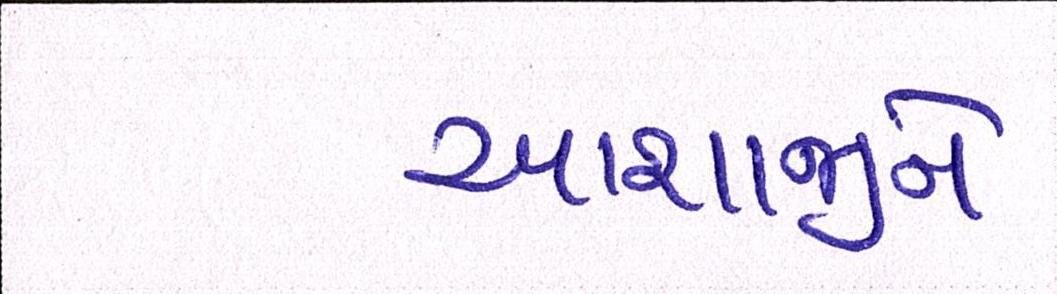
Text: આશાજીને